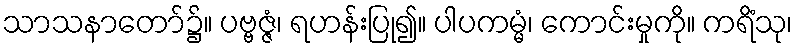
သာသနာတော်၌။ ပဗ္ဗဇ္ဇံ၊ ရဟန်းပြု၍။ ပါပကမ္မံ၊ ကောင်းမှုကို။ ကရိံသု၊